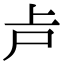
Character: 𠧕